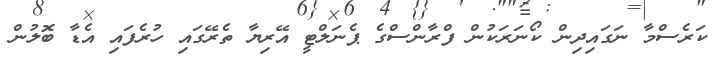
ކަރެސްމާ ނަގައިދިން ކޯނަރަކުން ފްރާންސްގެ ޕެނަލްޓީ އޭރިޔާ ތެރޭގައި ހުރެފައި އެޑާ ބޮލުން